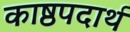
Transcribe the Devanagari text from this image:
काष्ठपदार्थ